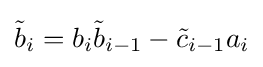
{\tilde {b}}_{i}=b_{i}{\tilde {b}}_{i-1}-{\tilde {c}}_{i-1}a_{i}